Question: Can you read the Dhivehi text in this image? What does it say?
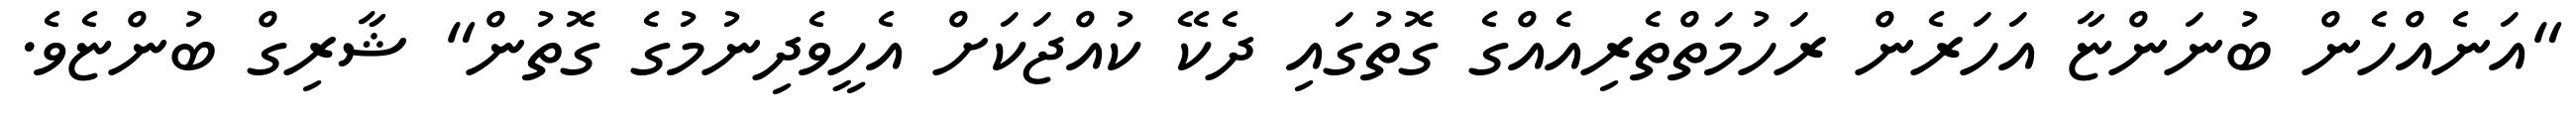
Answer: "އަނެއްހެން ބުނަންޏާ އަހަރެން ރަހުމަތްތެރިއެއްގެ ގޮތުގައި ދެކޭ ކުއްޖަކަށް އެހީވެދިނުމުގެ ގޮތުން" ޝާރިގް ބުންޏެވެ.